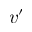
v ^ { \prime }